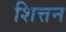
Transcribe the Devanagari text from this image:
शित्तन